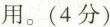
用。(4分)